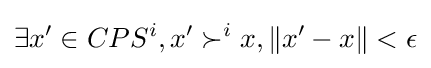
\exists x'\in CPS^{i},x'\succ ^{i}x,\|x'-x\|<\epsilon